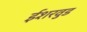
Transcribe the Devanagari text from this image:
ईशरवुड